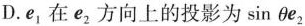
D.e_{1}在e_{2}方向上的投影为\sin \theta e_{2}